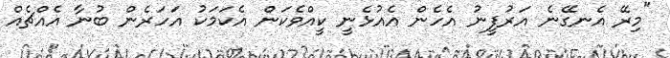
"މިރޭ އެނގޭނެ އަރުފީނު އެހެން އެއުޅެނީ ކީއްވެކަން އެކަމަކު އަހަރެން ބުނާ އެއްޗެއް